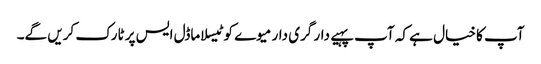
آپ کا خیال ہے کہ آپ پہیے دار گری دار میوے کو ٹیسلا ماڈل ایس پر ٹارک کریں گے۔